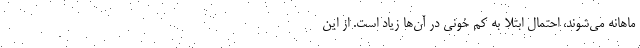
ماهانه می‌شوند، احتمال ابتلا به کم خونی در آن‌ها زیاد است. از این